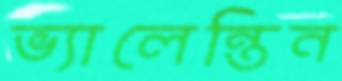
ভ্যালেন্তিন